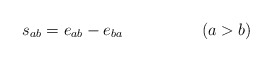
\begin{align*}s_{ab}=e_{ab}-e_{ba} \hspace{2cm}(a>b)\end{align*}